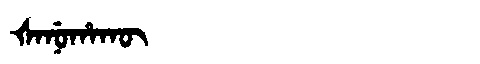
Manchu: ᡧᠠᠨᡠᡥᠠᡴᡡ
Romanization: ŠANUHAKŪ